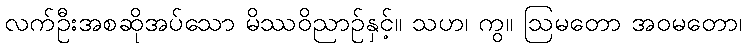
လက်ဦးအစဆိုအပ်သော မိဿဝိညာဉ်နှင့်။ သဟ၊ ကွ။ ဩမတော အဝမတော၊